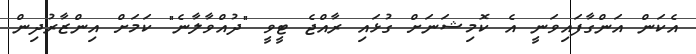
އެކަން އަންގާފައިވަނީ އެ ކޮމިޝަނަށް ގުޅައި ރާއްޖެ ޓީވީ "ދުއްވާލާނެ" ކަމަށް އިންޒާރުދިން